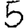
Digit: 5